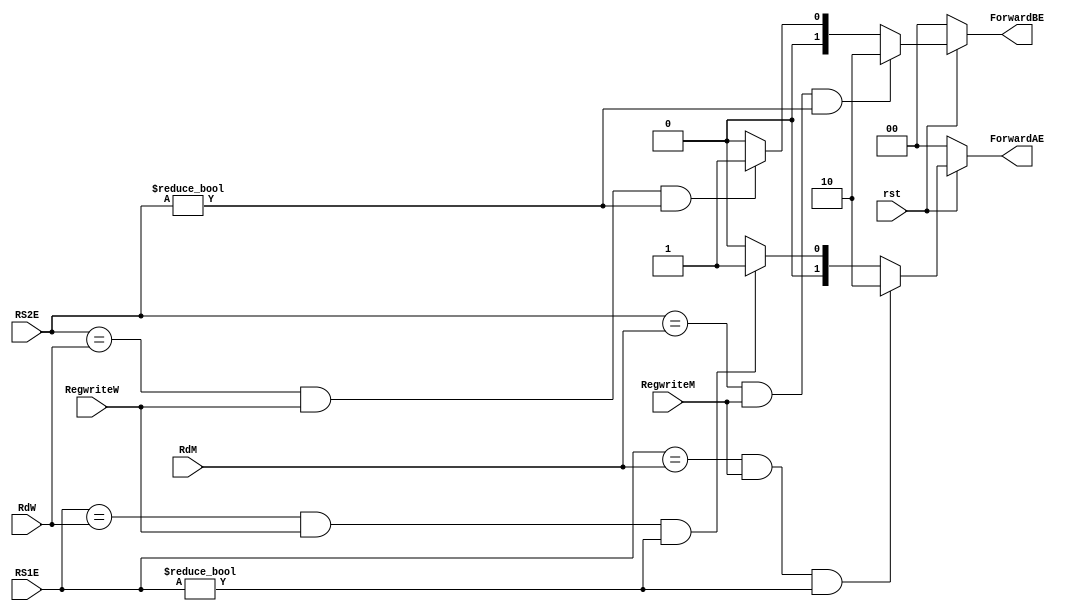
module Hazard_unit (
    input [4:0] RS1E,RS2E,RdM,RdW,
    input rst,RegwriteM,RegwriteW,
    output [1:0] ForwardAE,ForwardBE
);
    assign ForwardAE =(rst==1'b0)?2'b00:
    ((RS1E==RdM & RegwriteM)& RS1E!=0)?2'b10:
    ((RS1E==RdW & RegwriteW)& RS1E!=0)?2'b01:2'b00;

    assign ForwardBE =(rst==1'b0)?2'b00:
    ((RS2E==RdM & RegwriteM)& RS2E!=0)?2'b10:
    ((RS2E==RdW & RegwriteW)& RS2E!=0)?2'b01:2'b00;
endmodule